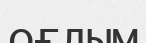
оғлым